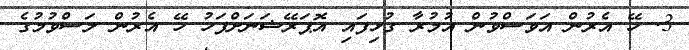
3. ހޭ އެރުން އަވަސްވުން އުމުރާ ގުޅިފައި އޮޕަރޭޝަނަށްފަހު ހޭ އެރުން ލަސްވުމުގެ